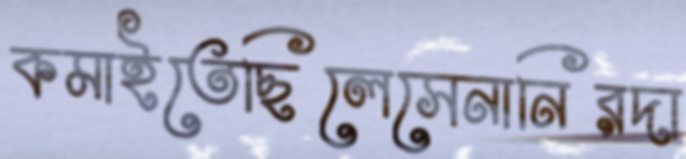
কমাইতেছিলেসেনানিরদা